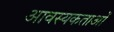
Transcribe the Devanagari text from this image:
आवस्यकताओं